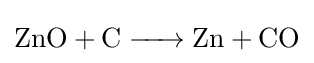
{\ce {ZnO + C -> Zn + CO}}